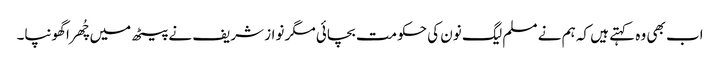
اب بھی وہ کہتے ہیں کہ ہم نے مسلم لیگ نون کی حکومت بچائی مگر نواز شریف نے پیٹھ میں چُھرا گھونپا۔